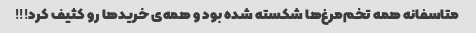
متاسفانه همه تخم‌مرغ‌ها شکسته شده بود و همه‌ی خرید‌ها رو کثیف کرد!!!